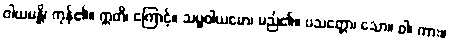
ဝါယမန္တိ၊ ကုန်၏။ ဣတိ၊ ကြောင့်။ သမ္မဝါယမော၊ မည်၏။ ပသတ္တော၊ သော။ ဝါ၊ ကား။